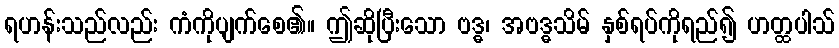
ရဟန်းသည်လည်း ကံကိုပျက်စေ၏။ ဤဆိုပြီးသော ဗဒ္ဓ၊ အဗဒ္ဓသိမ် နှစ်ရပ်ကိုရည်၍ ဟတ္ထပါသ်